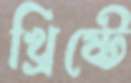
খ্রিষ্টে